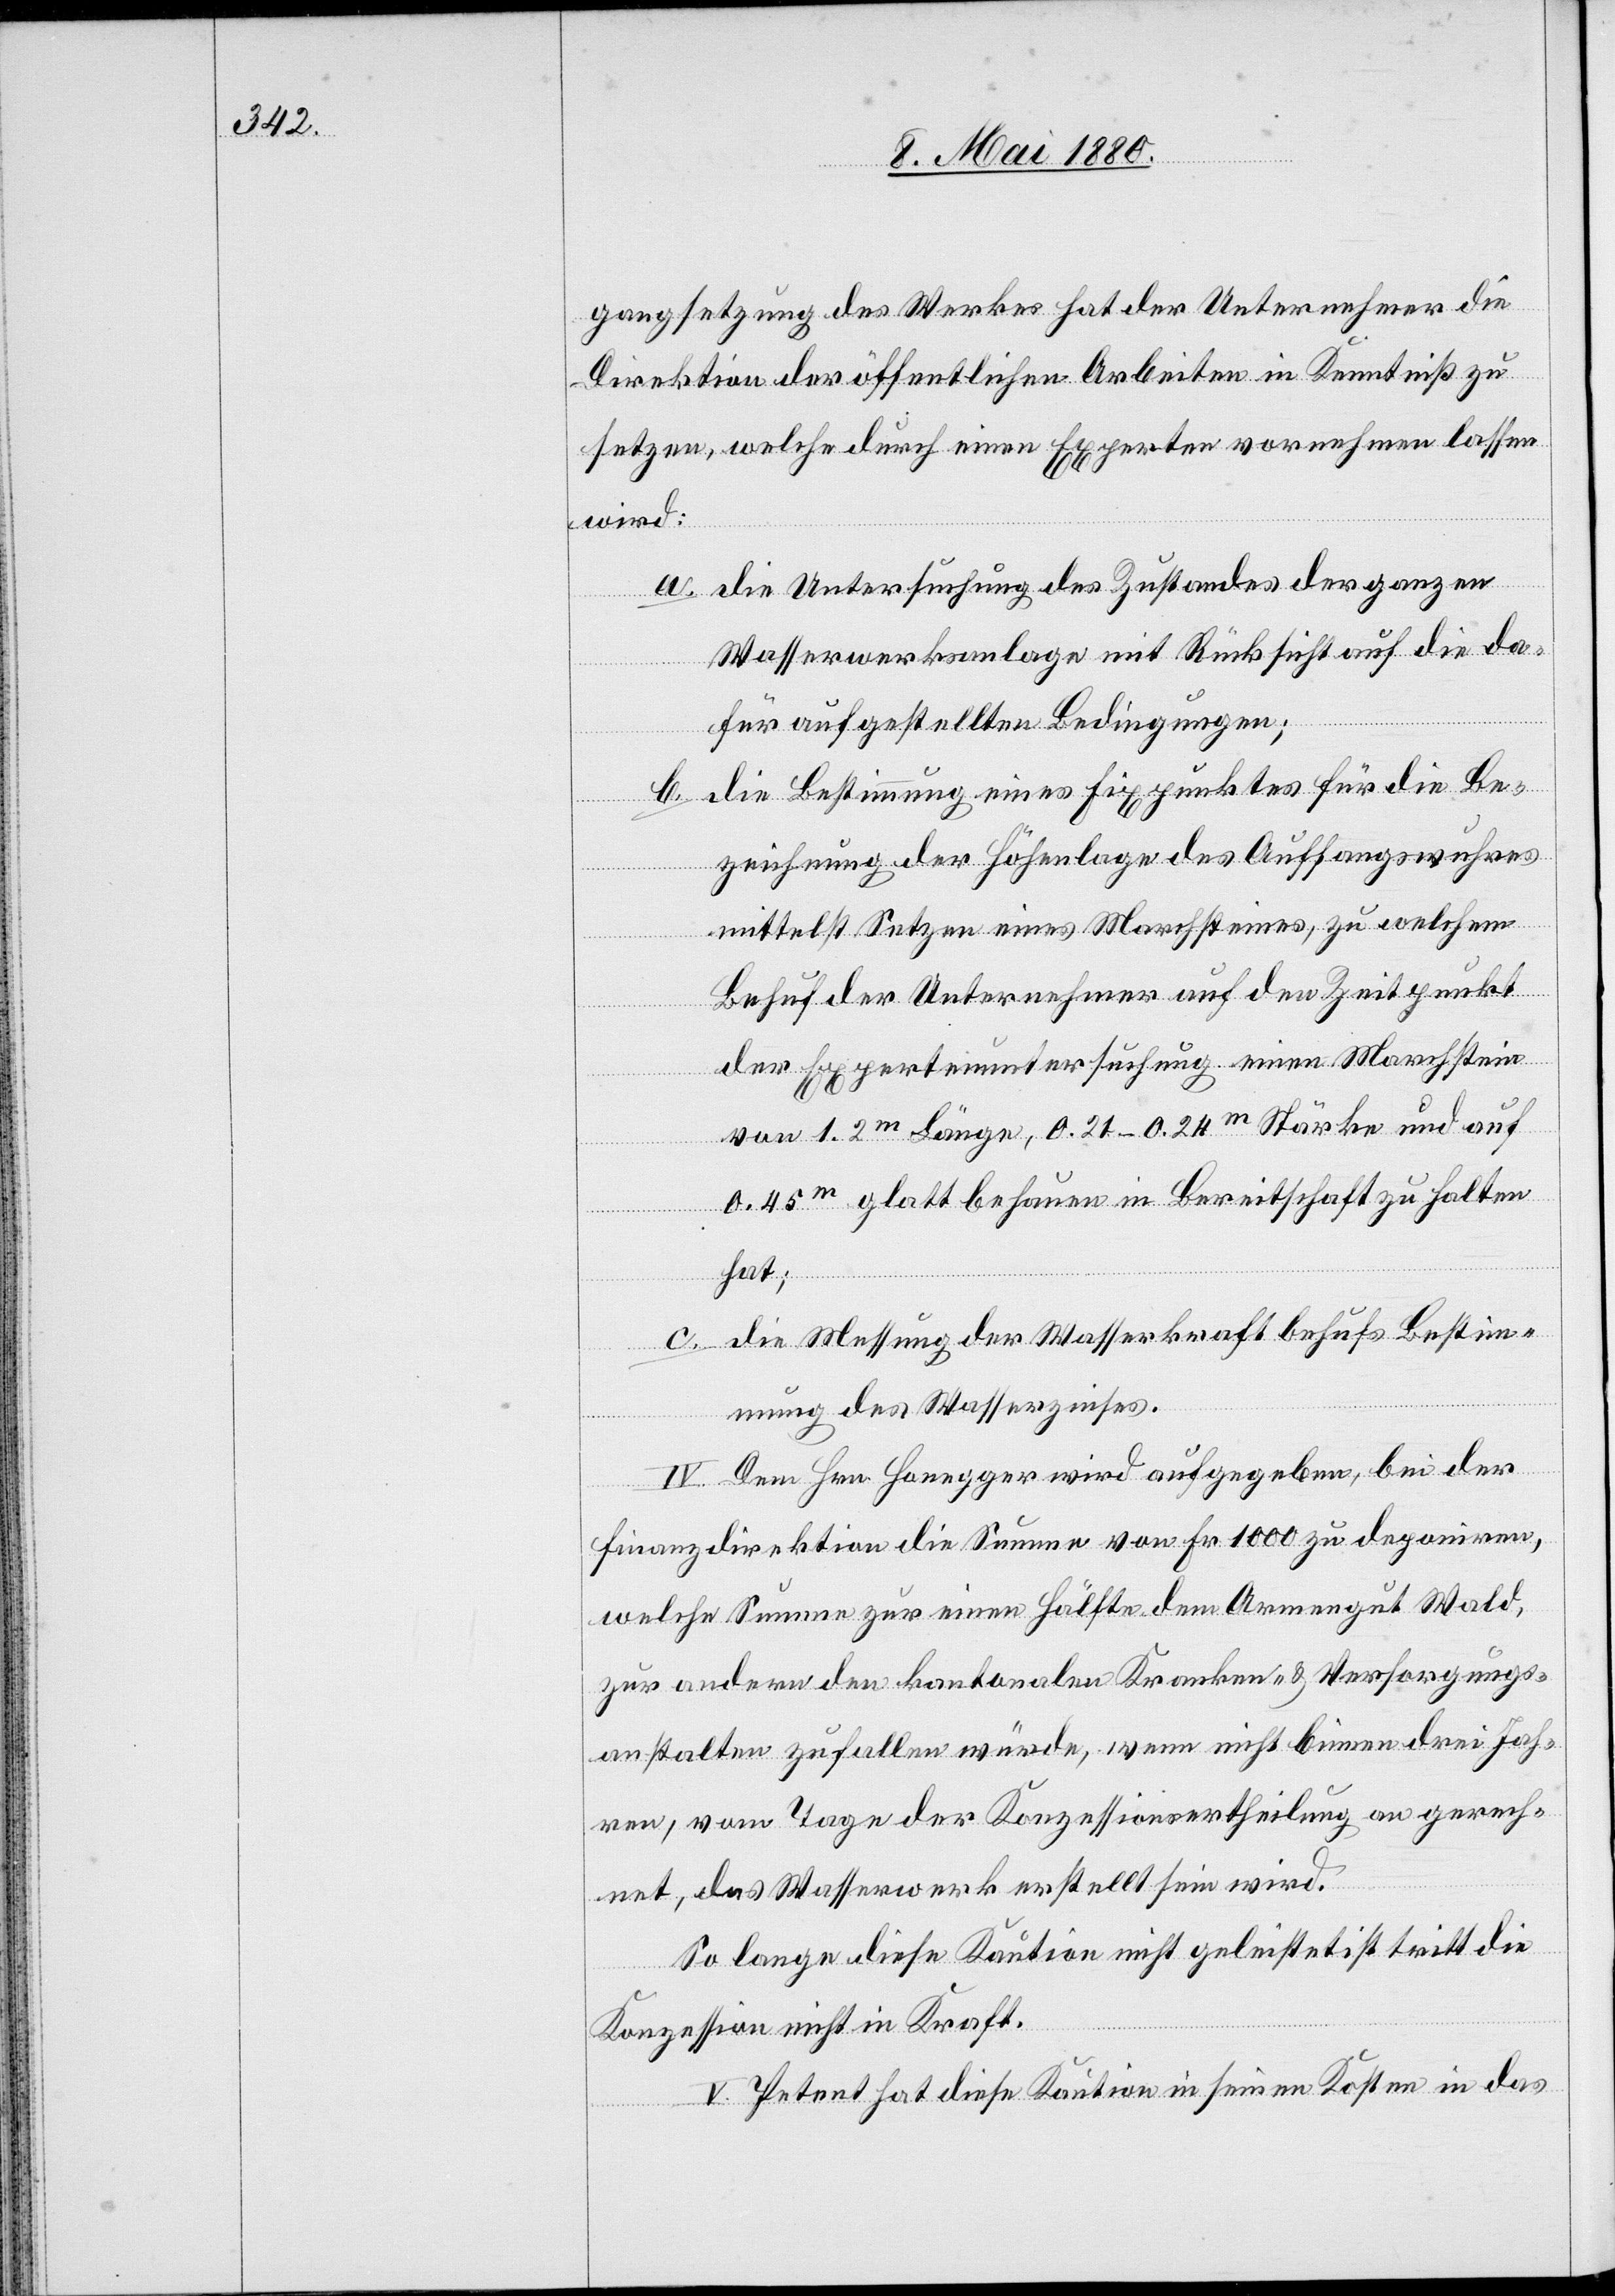
gangsetzung des Werkes hat der Unternehmer die
Direktion der öffentlichen Arbeiten in Kenntniß zu
setzen, welche durch einen Experten vornehmen lassen
wird:
a. die Untersuchung des Zustandes der ganzen
Wasserwerksanlage mit Rücksicht auf die da¬
für aufgestellten Bedingungen;
b. Die Bestimmung eines Fixpunktes für die Be¬
zeichnung der Höhenlage des Auffangswuhres
mittelst Setzen eines Marchsteines, zu welchem
Behuf der Unternehmer auf den Zeitpunkt
der Expertenuntersuchung einen Marchstein
von 1.2m Länge, 0.21–0.24m Stärke und auf
0.45m glatt behauen in Bereitschaft zu halten
hat;
c. die Messung der Wasserkraft behufs Bestim¬
mung des Wasserzinses.
IV. Dem Hrn. Honegger wird aufgegeben, bei der
Finanzdirektion die Summe von Fr. 1000 zu deponiren,
welche Summe zur einen Hälfte dem Armengut Wald,
zur andern den kantonalen Kranken- & Versorgungs¬
anstalten zufallen würde, wenn nicht binnen drei Jah¬
ren, vom Tage der Konzessionsertheilung an gerech¬
net, das Wasserwerk erstellt sein wird.
So lange diese Kaution nicht geleistet ist tritt die
Konzession nicht in Kraft.
V. Petent hat diese Kaution in seinen Kosten in das